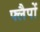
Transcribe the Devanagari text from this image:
फ्लैपों